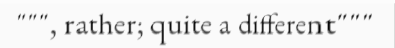
""", rather; quite a different"""